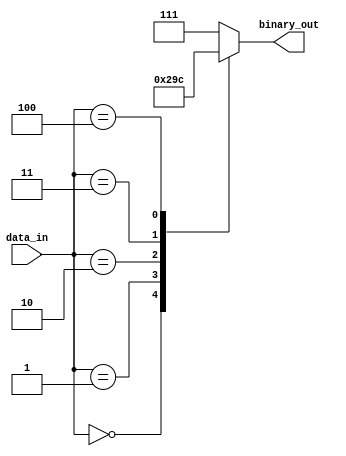
module encoder(
    input [7:0] data_in,
    output reg [2:0] binary_out
);

always @(*) begin
    case(data_in)
        8'b00000000: binary_out = 3'b000;
        8'b00000001: binary_out = 3'b001;
        8'b00000010: binary_out = 3'b010;
        8'b00000011: binary_out = 3'b011;
        8'b00000100: binary_out = 3'b100;
        // Add more cases for other input values and corresponding output binary codes
        default: binary_out = 3'b111; // default case
    endcase
end

endmodule